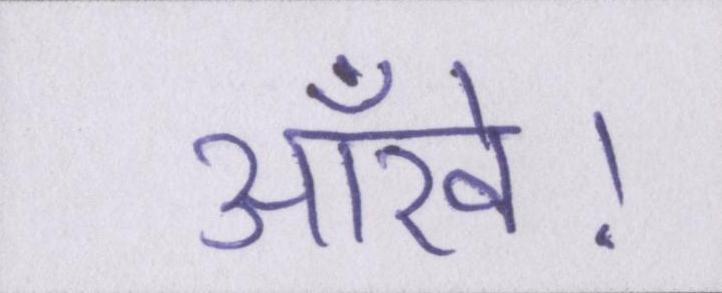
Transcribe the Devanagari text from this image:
आँखें।